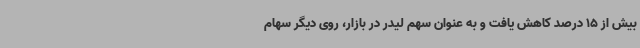
بیش از 15 درصد کاهش یافت و به عنوان سهم لیدر در بازار، روی دیگر سهام